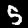
Digit: 5